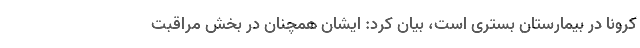
کرونا در بیمارستان بستری است، بیان کرد: ایشان همچنان در بخش مراقبت